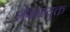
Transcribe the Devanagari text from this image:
शेवाळयुक्त